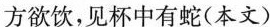
方欲饮，见杯中有蛇(本文)